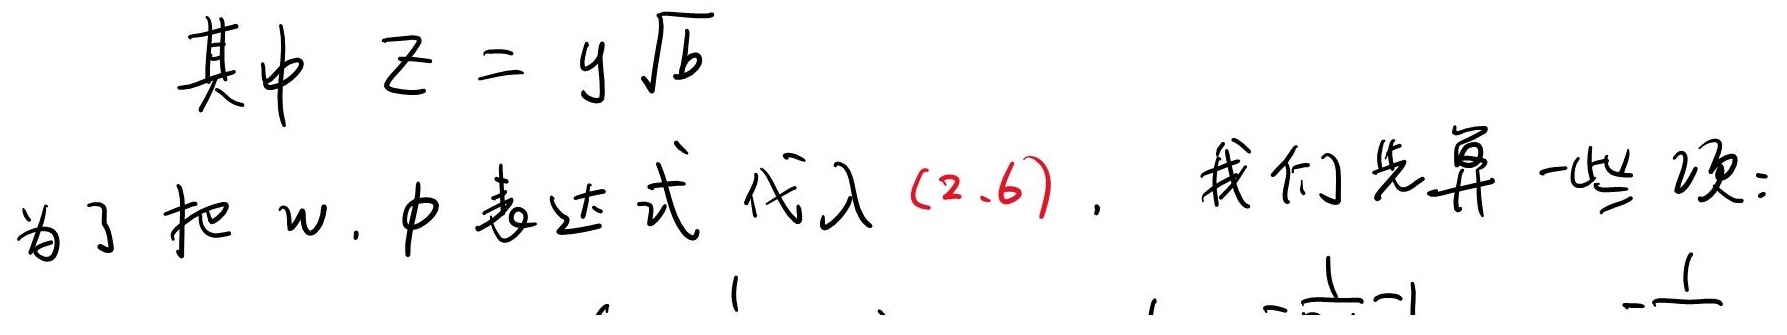
其中 \(z = y\sqrt{b}\)
为了把 \(w\) 中表达式代入 \((2.6)\)，我们先算一些项：